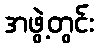
အဖွဲ့တွင်း